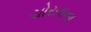
ચોરતાના